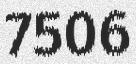
7506